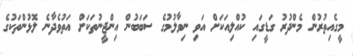
މީގެއިތުރުން މެންދުރު ގަޑީގައި ކުއްލިއަކަށް އަވި ނިވާލުމުގެ ސަބަބުން އިންޖީނުތަކަށް އަތުވެދާނެ ލޮޅުންތަކުގެ